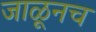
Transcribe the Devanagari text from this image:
जाळूनच